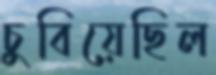
চুবিয়েছিল